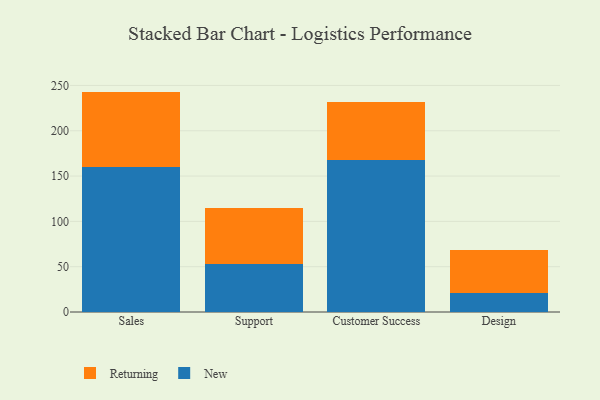
{"axis": {"x": "Department", "y": "Headcount"}, "legend": ["New", "Returning"], "data": [{"x": "Sales", "y": 160.4, "type": "New"}, {"x": "Sales", "y": 82.8, "type": "Returning"}, {"x": "Support", "y": 53.3, "type": "New"}, {"x": "Support", "y": 61.8, "type": "Returning"}, {"x": "Customer Success", "y": 168.2, "type": "New"}, {"x": "Customer Success", "y": 63.2, "type": "Returning"}, {"x": "Design", "y": 20.5, "type": "New"}, {"x": "Design", "y": 48.0, "type": "Returning"}]}